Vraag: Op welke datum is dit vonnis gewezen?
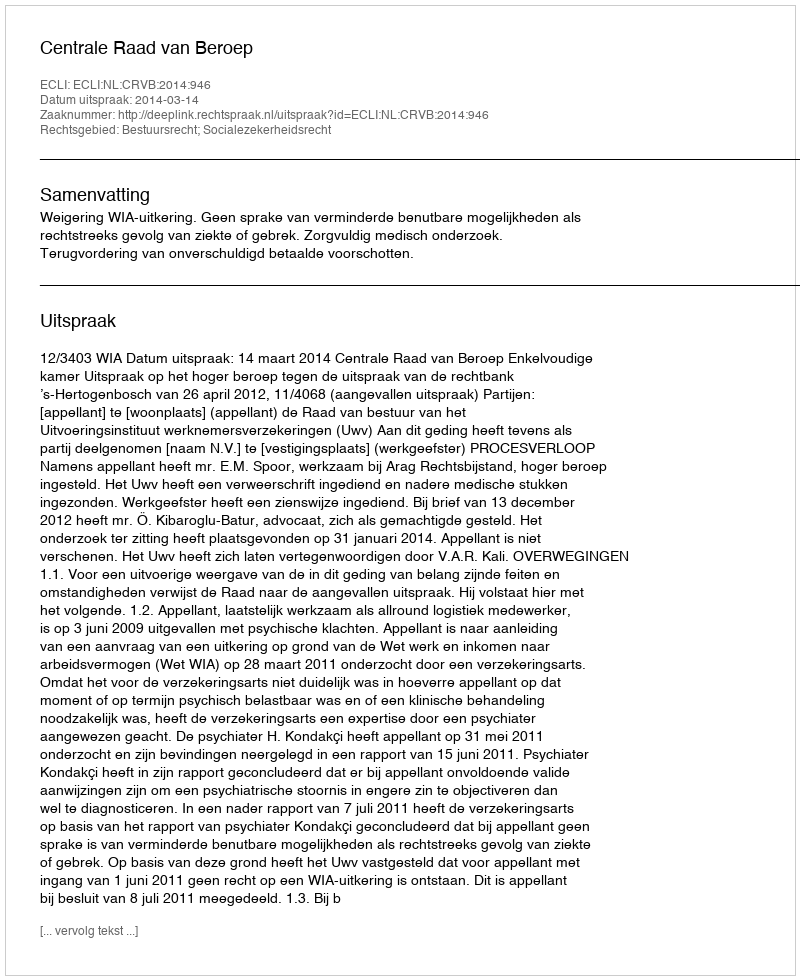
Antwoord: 2014-03-14